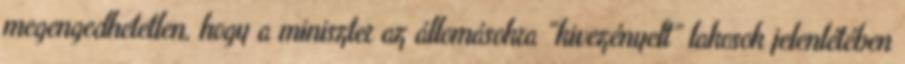
megengedhetetlen, hogy a miniszter az állomásokra “kivezényelt” lakosok jelenlétében